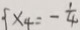
\{ x _ { 4 } = - \frac { 1 } { 4 }